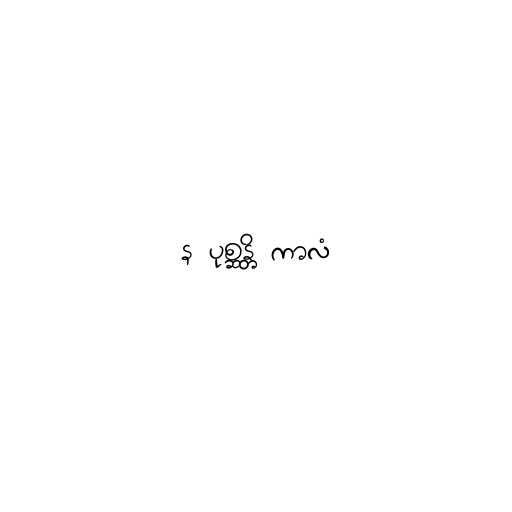
န ပုစ္ဆန္တိ ကာလံ